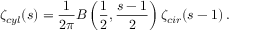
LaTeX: \zeta _ { c y l } ( s ) = \frac { 1 } { 2 \pi } B \left( \frac { 1 } { 2 } , \frac { s - 1 } { 2 } \right) \zeta _ { c i r } ( s - 1 ) \, { . }